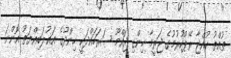
ތުއްތު ކުއްޖާ ރޭޕްކުރުމުގެ ޖަރީމާ ހިންގި ޖައްމޫ ސަރަހައްދަކީ ހިންދޫގެ އަޣުލަބިއްޔަތު އޮންނަ